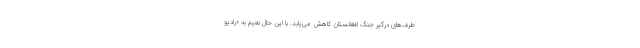
طرف‌های درگیر جنگ افغانستان کاهش می‌یابد. با این حال نعیم به «رادیو